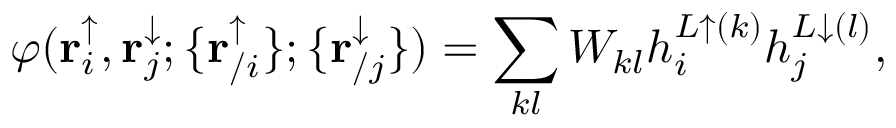
\varphi ( \mathbf { r } _ { i } ^ { \uparrow } , \mathbf { r } _ { j } ^ { \downarrow } ; \{ \mathbf { r } _ { / i } ^ { \uparrow } \} ; \{ \mathbf { r } _ { / j } ^ { \downarrow } \} ) = \sum _ { k l } W _ { k l } h _ { i } ^ { L \uparrow ( k ) } h _ { j } ^ { L \downarrow ( l ) } ,